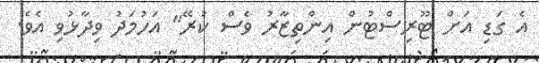
އެ ގަޑި އަށް ޓޫރިސްޓުން އިންތިޒާރު ވެސް ކުރޭ" އަހުމަދު ވިދާޅުވި އެވެ.